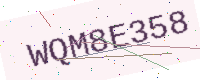
Text: WQM8E358